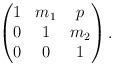
LaTeX: \begin{align*}\begin{pmatrix}1&m_1&p\\0&1&m_2\\0&0&1\end{pmatrix}.\end{align*}